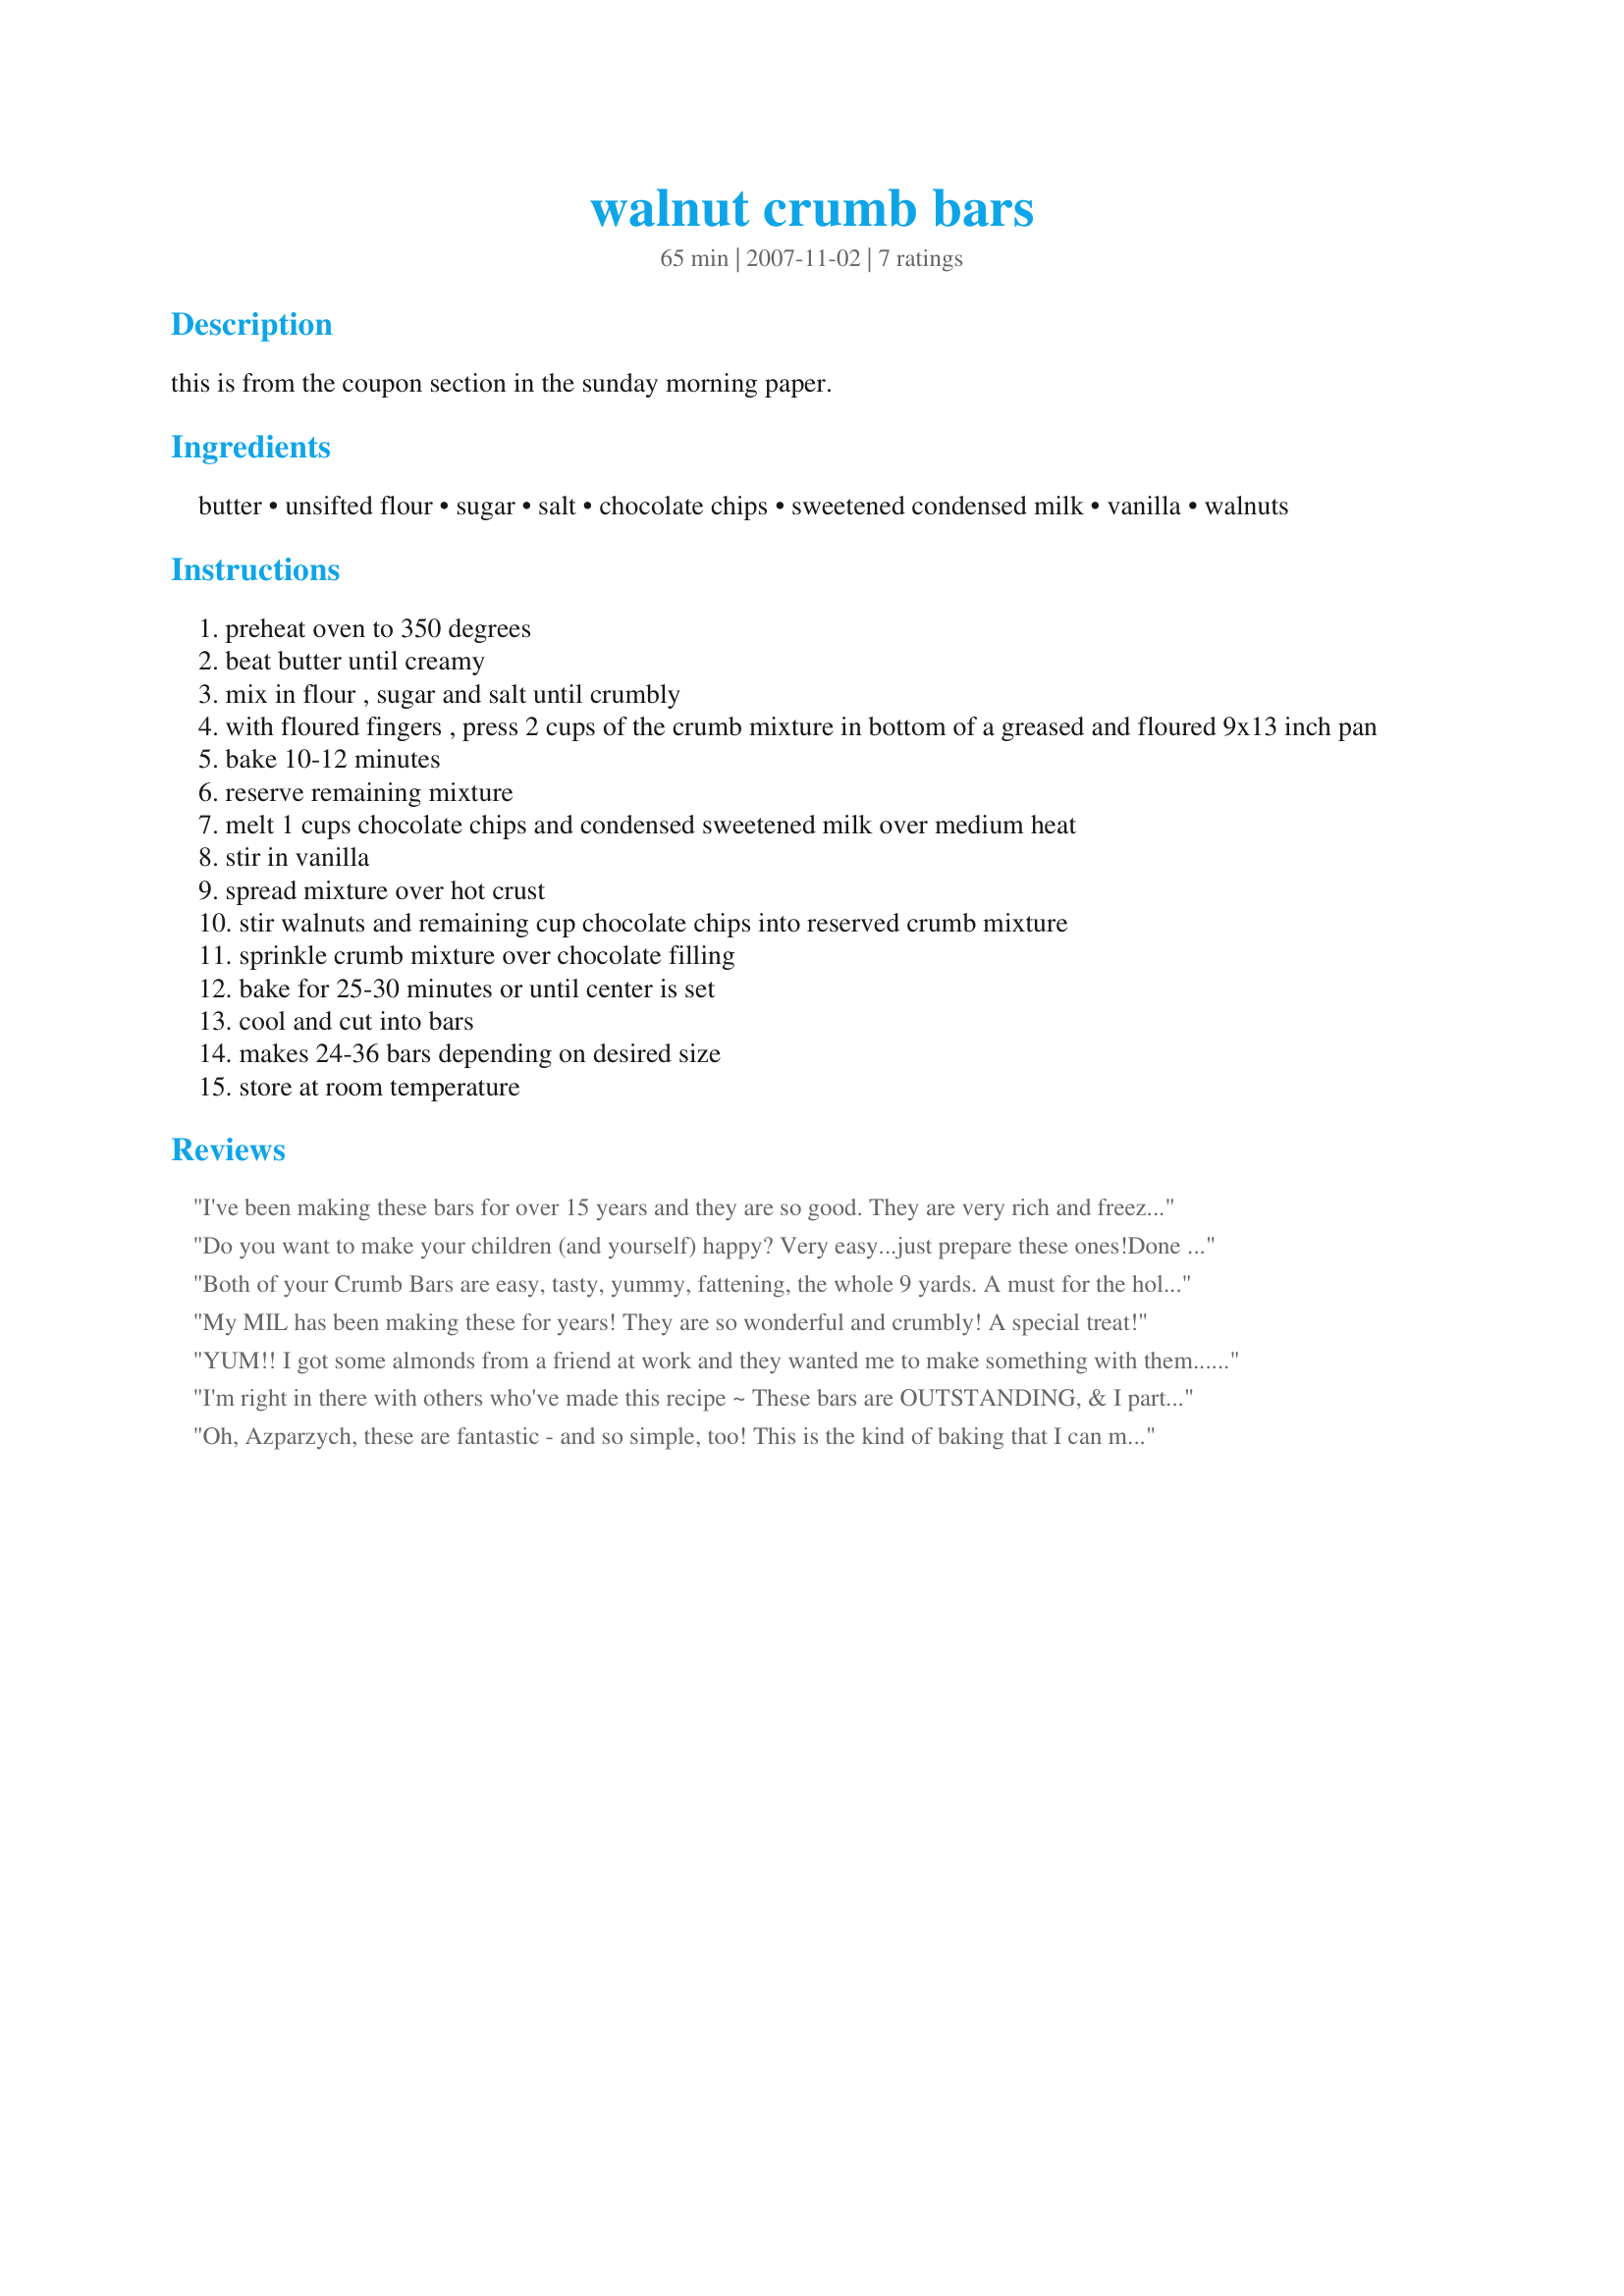
walnut crumb bars
Preparation time: 65 minutes

this is from the coupon section in the sunday morning paper.

Ingredients:
butter, unsifted flour, sugar, salt, chocolate chips, sweetened condensed milk, vanilla, walnuts

Steps:
preheat oven to 350 degrees
beat butter until creamy
mix in flour , sugar and salt until crumbly
with floured fingers , press 2 cups of the crumb mixture in bottom of a greased and floured 9x13 inch pan
bake 10-12 minutes
reserve remaining mixture
melt 1 cups chocolate chips and condensed sweetened milk over medium heat
stir in vanilla
spread mixture over hot crust
stir walnuts and remaining cup chocolate chips into reserved crumb mixture
sprinkle crumb mixture over chocolate filling
bake for 25-30 minutes or until center is set
cool and cut into bars
makes 24-36 bars depending on desired size
store at room temperature

Reviews:
I've been making these bars for over 15 years and they are so good. They are very rich and freeze well too. I lost my recipe and was glad to find it here.
Do you want to make your children (and yourself) happy? Very easy...just prepare these ones!<br/>Done for ZWT7
Both of your Crumb Bars are easy, tasty, yummy, fattening, the whole 9 yards. A must for the holidays. Thank you! Lolly
My MIL has been making these for years! They are so wonderful and crumbly! A special treat!
YUM!! I got some almonds from a friend at work and they wanted me to make something with them...this was the first recipe i pulled up, so i went with it. Turned out amazing! only complaint, and i wouldnt even call it that, is that the crumb layer at the bottom comes apart very easily when cutting up and eating it...but who cares really...it's so tastey!
I'm right in there with others who've made this recipe ~ These bars are OUTSTANDING, & I particularly appreciated how easy they are to make! A great chocolate & crumb combo, for sure! Two-thirds of them went to a meeting my other half attends, but the rest were right here in the kitchen for us to devour here at home! Thanks for sharing this great recipe! [Tagged & made in Please Review My Recipe]
Oh, Azparzych, these are fantastic - and so simple, too! This is the kind of baking that I can make in the morning before work, and my collegues all think I'm some kind of baking super star! They look so pretty, too, with the crumb topping set off against the dark chocolate filling. Awesome!! Thanks so much for posting! Made for 1-2-3 Hits.
